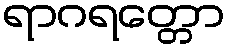
ရာဂရတ္တော